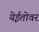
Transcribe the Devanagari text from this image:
येईतोवर